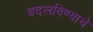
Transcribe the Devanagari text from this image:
बदलविण्याचे